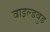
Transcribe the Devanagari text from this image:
वाइल्डवुड